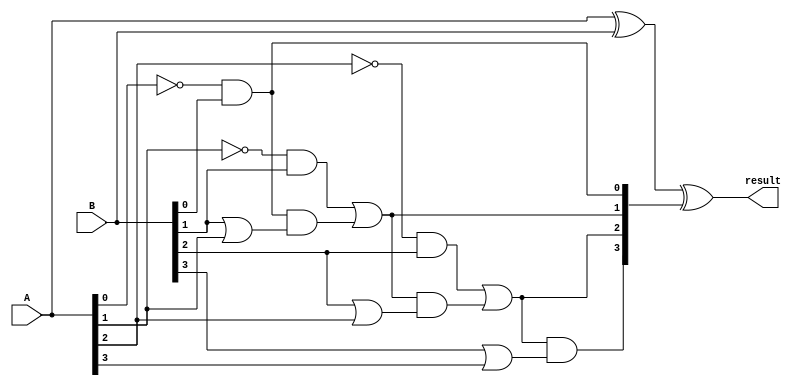
module ripple_carry_subtractor(input [3:0] A, B,
                                 output reg [3:0] result);
  
  reg [3:0] borrow;
  
  // Bit-wise subtraction using XOR gates
  assign result = A ^ B ^ borrow;
  
  // Borrow propagation using AND gates
  always @(*) begin
    borrow[0] = ~A[0] & B[0];
    borrow[1] = (~A[1] & B[1]) | (borrow[0] & (B[1] | A[1]));
    borrow[2] = (~A[2] & B[2]) | (borrow[1] & (B[2] | A[2]));
    borrow[3] = borrow[2] & (B[3] | A[3]);
  end
endmodule